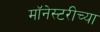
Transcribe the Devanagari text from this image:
मॉनेस्टरीच्या